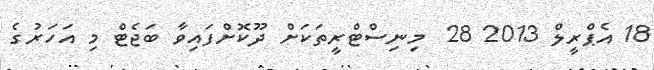
18 އެޕްރީލް 2013 28  މިނިސްޓްރީތަކަށް ދޫކޮށްފައިވާ ބަޖެޓް މި އަހަރުގެ